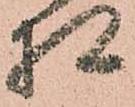
相